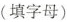
(填字母)